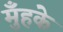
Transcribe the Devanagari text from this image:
मुँहके